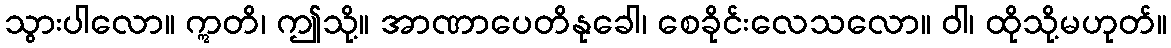
သွားပါလော။ ဣတိ၊ ဤသို့။ အာဏာပေတိနုခေါ၊ စေခိုင်းလေသလော။ ဝါ၊ ထိုသို့မဟုတ်။